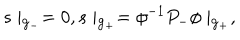
s \mid _ { { \bf g } _ { - } } = 0 , s \mid _ { { \bf g } _ { + } } = \phi ^ { - 1 } P _ { - } \phi \mid _ { { \bf g } _ { + } } ,